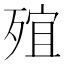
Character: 𣨩